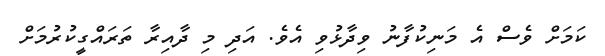
ކަމަށް ވެސް އެ މަނިކުފާނު ވިދާޅުވި އެވެ. އަދި މި ދާއިރާ ތަރައްގީކުރުމަށް